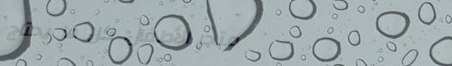
متجر الأطفال: كل ما يحتاج